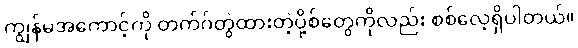
ကျွန်မအကောင့်ကို တက်ဂ်တွဲထားတဲ့ပို့စ်တွေကိုလည်း စစ်လေ့ရှိပါတယ်။